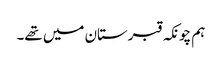
ہم چونکہ قبرستان میں تھے۔